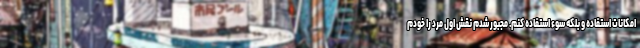
امکانات استفاده و بلکه سوء استفاده کنم. مجبور شدم نقش اول مرد را خودم